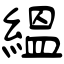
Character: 縕